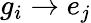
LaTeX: g_{i}\to e_{j}